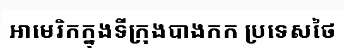
អាមេរិកក្នុងទីក្រុងបាងកក ប្រទេសថៃ